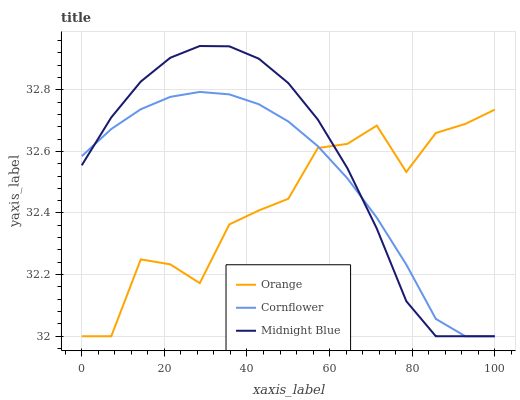
| xaxis_label | Orange | Cornflower | Midnight Blue |
 | --- | --- | --- | --- |
 | 0 | 32 | 32.6 | 32.6 |
 | 7.14 | 32 | 32.7 | 32.7 |
 | 14.3 | 32.2 | 32.7 | 32.8 |
 | 21.4 | 32.2 | 32.8 | 32.9 |
 | 28.6 | 32.2 | 32.8 | 32.9 |
 | 35.7 | 32.4 | 32.8 | 32.9 |
 | 42.9 | 32.4 | 32.8 | 32.9 |
 | 50 | 32.4 | 32.7 | 32.8 |
 | 57.1 | 32.6 | 32.6 | 32.7 |
 | 64.3 | 32.6 | 32.5 | 32.5 |
 | 71.4 | 32.7 | 32.4 | 32.3 |
 | 78.6 | 32.5 | 32.2 | 32.1 |
 | 85.7 | 32.7 | 32.1 | 32 |
 | 92.9 | 32.7 | 32 | 32 |
 | 100 | 32.7 | 32 | 32 |